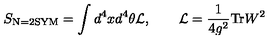
S _ { \mathrm { \scriptsize N = 2 S Y M } } = \int d ^ { 4 } x d ^ { 4 } \theta { \cal L } , \qquad { \cal L } = \frac { 1 } { 4 g ^ { 2 } } \mathrm { T r } W ^ { 2 }